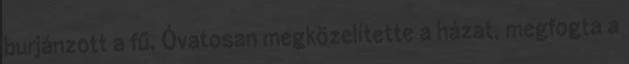
burjánzott a fű. Óvatosan megközelítette a házat, megfogta a